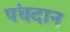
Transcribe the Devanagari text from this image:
पंचदान